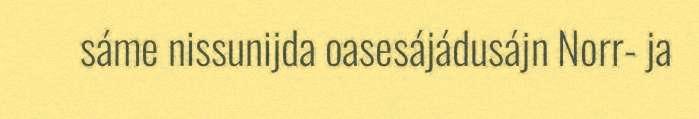
sáme nissunijda oasesájádusájn Norr- ja